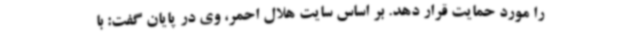
را مورد حمایت قرار دهد. بر اساس سایت هلال احمر، وی در پایان گفت: با